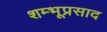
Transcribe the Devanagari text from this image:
शम्भूप्रसाद